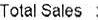
TOTAL SALES :